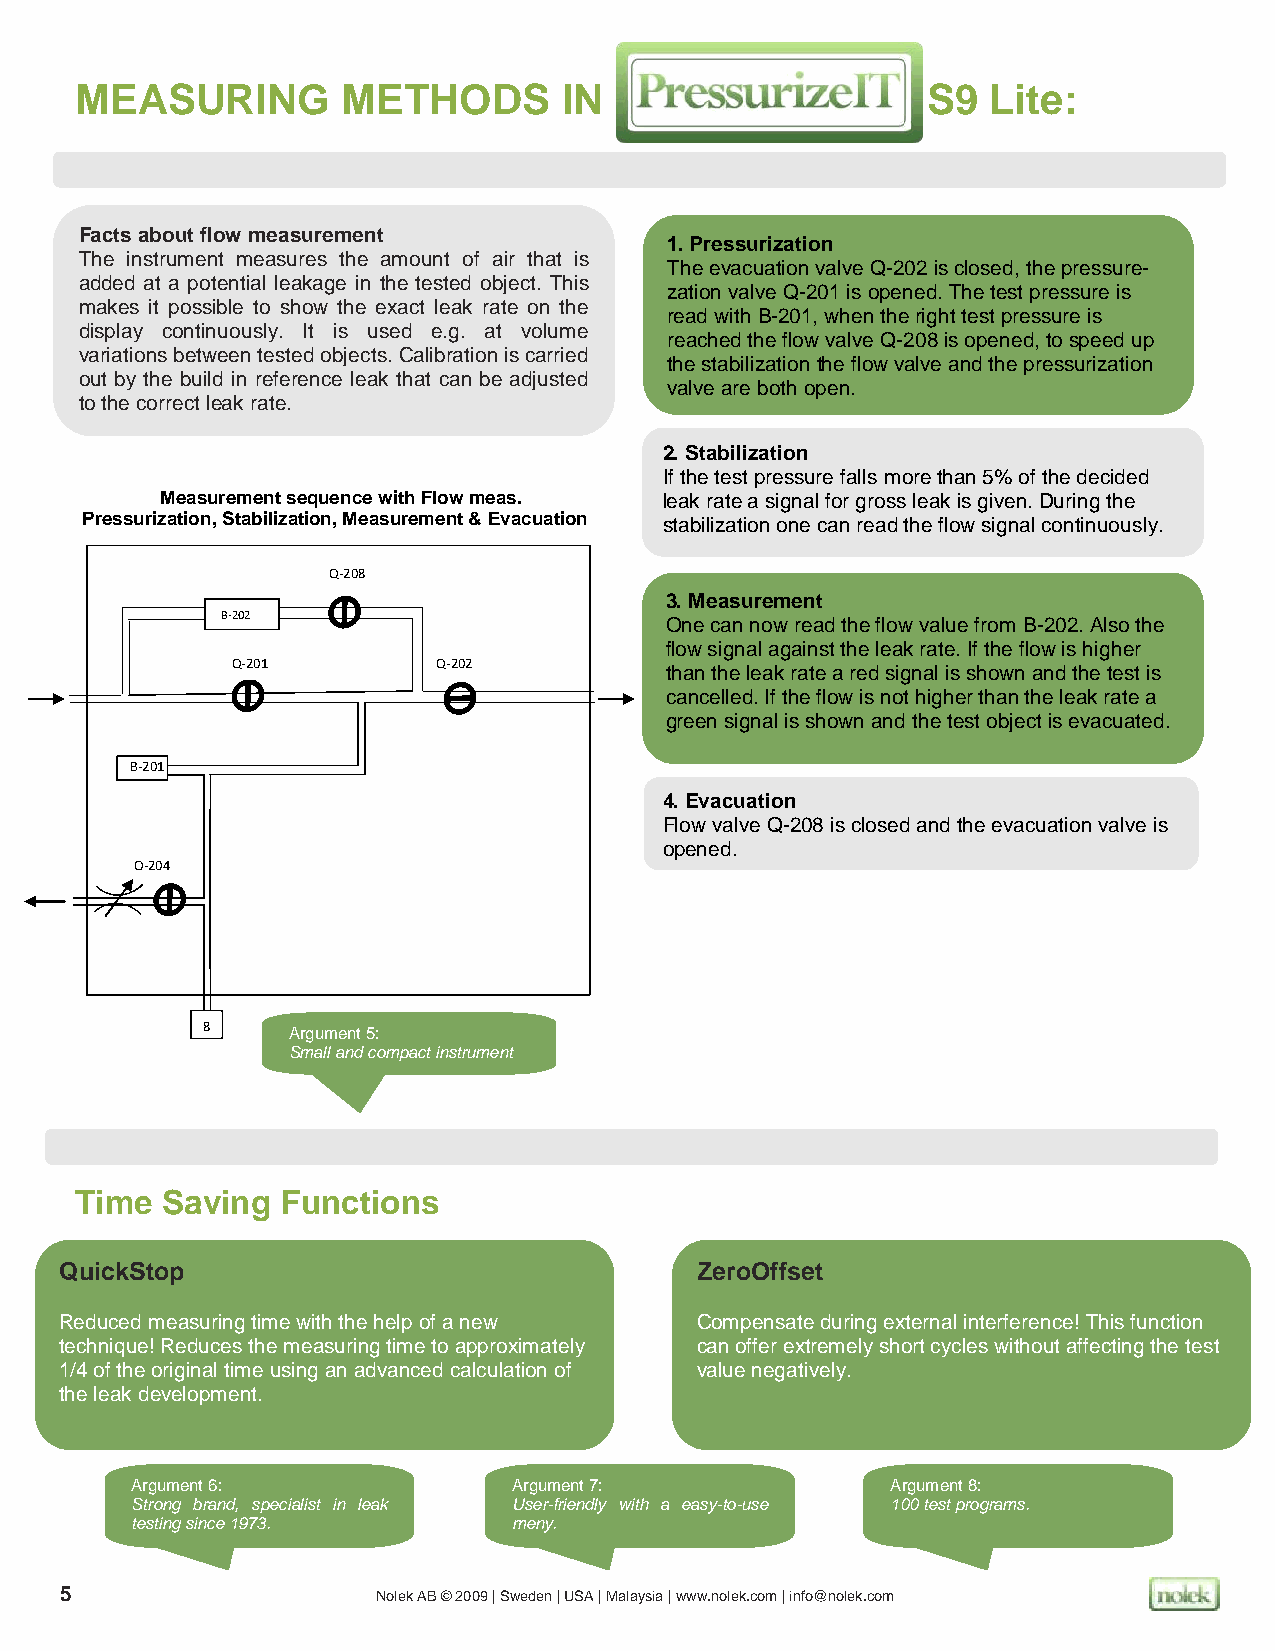
MEASURING         METHODS       IN                      S9   Lite:
 Facts about flow measurement
 1. Pressurization
 The instrument measures the amount of air that is
 The evacuation valve Q-202 is closed, the pressure-
 added at a potential leakage in the tested object. This
 zation valve Q-201 is opened. The test pressure is
 makes it possible to show the exact leak rate on the
 read with B-201, when the right test pressure is
 display continuously. It is used e.g. at volume
 reached the flow valve Q-208 is opened, to speed up
 variations between tested objects. Calibration is carried
 the stabilization the flow valve and the pressurization
 out by the build in reference leak that can be adjusted
 valve are both open.
 to the correct leak rate.
 2. Stabilization
 If the test pressure falls more than 5% of the decided
 Measurement sequence with Flow meas. leak rate a signal for gross leak is given. During the
 Pressurization, Stabilization, Measurement & Evacuation stabilization one can read the flow signal continuously.
 Q-208
 3. Measurement
 B-202                        One can now read the flow value from B-202. Also the
 flow signal against the leak rate. If the flow is higher
 Q-201         Q-202
 than the leak rate a red signal is shown and the test is
 cancelled. If the flow is not higher than the leak rate a
 green signal is shown and the test object is evacuated.
 B-201
 4. Evacuation
 Flow valve Q-208 is closed and the evacuation valve is
 opened.
 Q-204
 8     Argument 5:
 Small and compact instrument
 Time  Saving  Functions
 QuickStop                                 ZeroOffset
 Reduced measuring time with the help of a new Compensate during external interference! This function
 technique! Reduces the measuring time to approximately can offer extremely short cycles without affecting the test
 1/4 of the original time using an advanced calculation of value negatively.
 the leak development.
 Argument 6:              Argument 7:              Argument 8:
 Strong brand, specialist in leak User-friendly with a easy-to-use 100 test programs.
 testing since 1973.      meny.
 5                    Nolek AB © 2009 | Sweden | USA | Malaysia | www.nolek.com | info@nolek.com